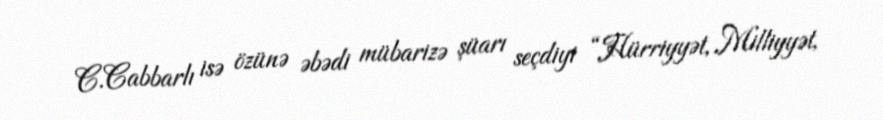
C.Cabbarlı isə özünə əbədi mübarizə şüarı seçdiyi “Hürriyyət, Milliyyət,